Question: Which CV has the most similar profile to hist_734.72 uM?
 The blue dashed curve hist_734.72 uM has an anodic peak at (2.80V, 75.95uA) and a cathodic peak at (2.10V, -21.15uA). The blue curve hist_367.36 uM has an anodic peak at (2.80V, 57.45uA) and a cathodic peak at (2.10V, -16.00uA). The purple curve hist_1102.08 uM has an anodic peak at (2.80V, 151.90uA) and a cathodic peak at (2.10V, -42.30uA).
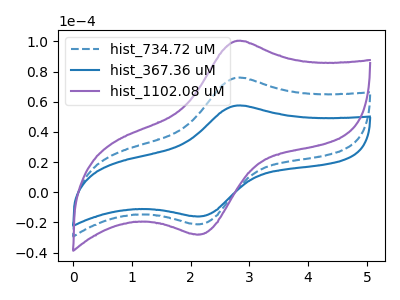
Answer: <think>All the peaks in "hist_734.72 uM" have a peak in "hist_367.36 uM" at the same potential. Every peak in "hist_734.72 uM" is higher than every peak in "hist_367.36 uM". All the peaks in "hist_734.72 uM" have a peak in "hist_1102.08 uM" at the same potential. Every peak in "hist_734.72 uM" is lower than every peak in "hist_1102.08 uM". All the peaks in "hist_367.36 uM" have a peak in "hist_1102.08 uM" at the same potential. Every peak in "hist_367.36 uM" is lower than every peak in "hist_1102.08 uM".
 </think>
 <answer>"hist_734.72 uM" and "hist_1102.08 uM" have a similar shape to "hist_367.36 uM".</answer>
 <eval>"hist_734.72 uM" "hist_1102.08 uM"</eval>